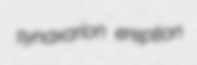
synaxarion ereption